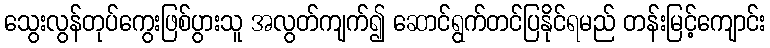
သွေးလွန်တုပ်ကွေးဖြစ်ပွားသူ အလွတ်ကျက်၍ ဆောင်ရွက်တင်ပြနိုင်ရမည် တန်းမြင့်ကျောင်း